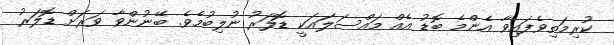
ކުރިމަތިވެފައިވާ އެންމެ ބޮޑު އެއް މައްސަލައަކީ ޑޮލަރު ނުލިބުމެވެ. ބޭނުންވާ ވަރަށް ޑޮލަރު